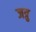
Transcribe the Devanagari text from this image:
जत्रु